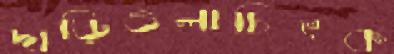
দাড়িওলাচিৎক